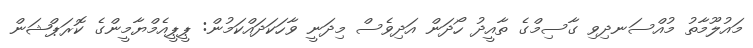
މައުލޫމާތު މުއްސަނދިވި ގާސިމްގެ ތާއީދު ހޯދަން އަދިވެސް މިދަނީ ވާހަކަދައްކަމުން: ޕީޕީއެމްޔާމީންގެ ކޮރަޕްޝަން